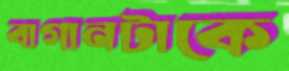
বাগানটাকে